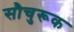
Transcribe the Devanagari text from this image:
सौचुरूक